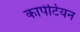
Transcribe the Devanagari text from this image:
कापेटियन